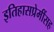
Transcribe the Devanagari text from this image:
इतिहासप्रेमींसह